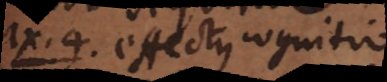
a 4. Effectus cognitio